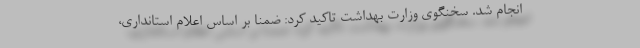
انجام شد. سخنگوی وزارت بهداشت تاکید کرد: ضمنا بر اساس اعلام استانداری،